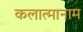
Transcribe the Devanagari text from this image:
कलात्मानाम